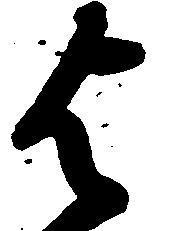
与